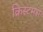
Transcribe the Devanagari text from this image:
क्रिस्टमस